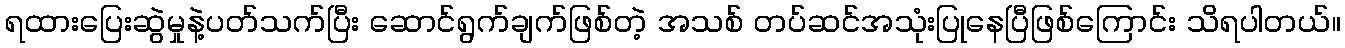
ရထားပြေးဆွဲမှုနဲ့ပတ်သက်ပြီး ဆောင်ရွက်ချက်ဖြစ်တဲ့ အသစ် တပ်ဆင်အသုံးပြုနေပြီဖြစ်ကြောင်း သိရပါတယ်။